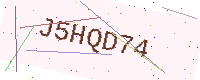
Text: J5HQD74